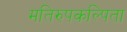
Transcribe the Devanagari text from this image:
मतिरुपकल्पिता